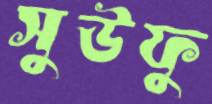
সুউফু